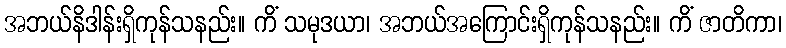
အဘယ်နိဒါန်းရှိကုန်သနည်း။ ကိံ သမုဒယာ၊ အဘယ်အကြောင်းရှိကုန်သနည်း။ ကိံ ဇာတိကာ၊